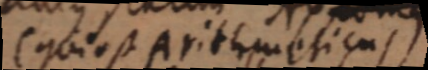
(qui est Arithmeticas)